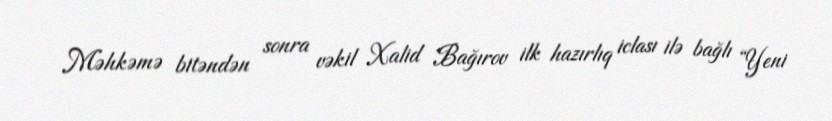
Məhkəmə bitəndən sonra vəkil Xalid Bağırov ilk hazırlıq iclası ilə bağlı “Yeni